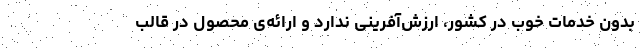
بدون خدمات خوب در کشور، ارزش‌آفرینی ندارد و ارائه‌ی محصول در قالب